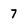
Character: 7